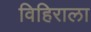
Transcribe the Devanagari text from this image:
विहिराला